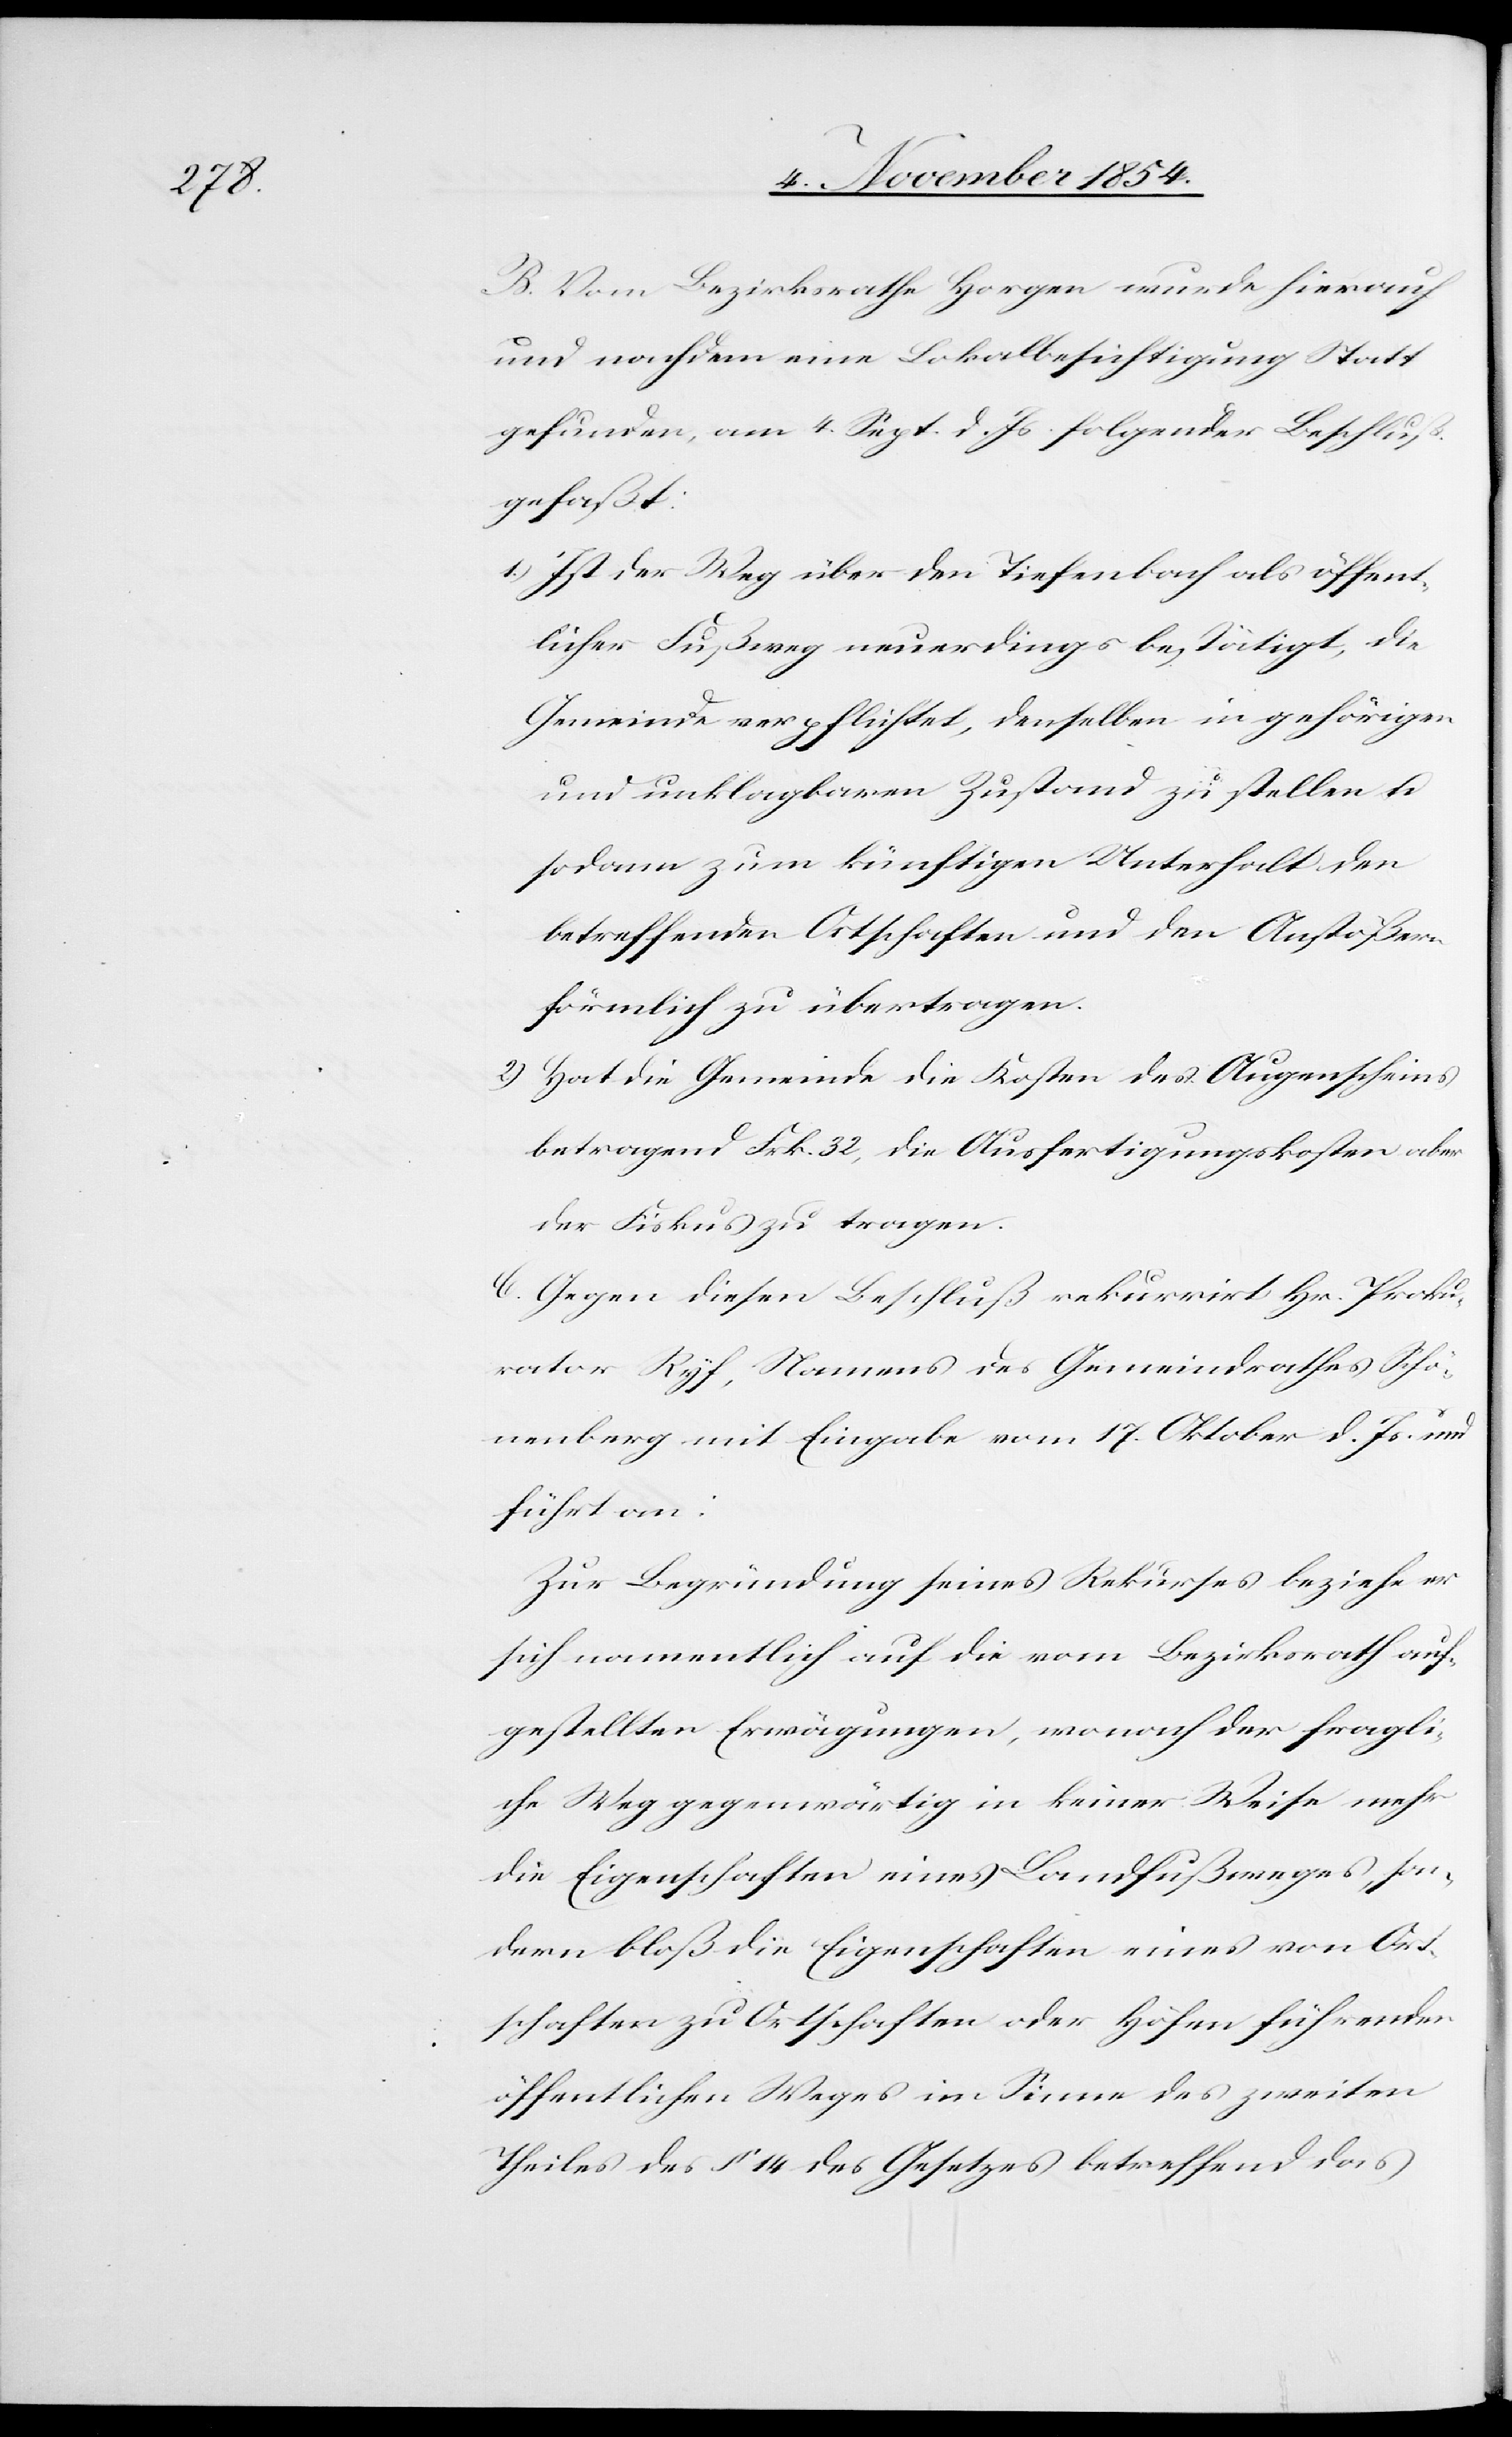
B. Vom Bezirksrathe Horgen wurde hierauf
und nachdem eine Lokalbesichtigung Statt
gefunden, am 4. Sept. d. Js. folgender Beschluß
gefaßt:
1.) Ist der Weg über den Tiefenbach als öffent¬
licher Fußweg neuerdings bestätigt, die
Gemeinde verpflichtet, denselben in gehörigen
und unklagbaren Zustand zu stellen u.
sodann zum künftigen Unterhalt den
betreffenden Ortschaften und den Anstößern
förmlich zu übertragen.
2.) Hat die Gemeinde die Kosten des Augenscheins
betragend Frk. 32, die Ausfertigungskosten aber
der Fiskus zu tragen.
C. Gegen diesen Beschluß rekurrirt Hr. Proku¬
rator Ryf, Namens des Gemeindrathes Schö¬
nenberg mit Eingabe vom 17. Oktober d. Js. und
führt an:
Zur Begründung seines Rekurses beziehe er
sich namentlich auf die vom Bezirksrath auf¬
gestellten Erwägungen, wonach der fragli¬
che Weg gegenwärtig in keiner Weise mehr
die Eigenschaften eines Landfußweges, son¬
dern bloß die Eigenschaften eines von Ort¬
schaften zu Ortschaften oder Höfen führenden
öffentlichen Weges im Sinne des zweiten
Theiles des § 14 des Gesetzes betreffend das